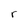
Character: r